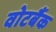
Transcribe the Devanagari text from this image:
वोटबैंक